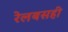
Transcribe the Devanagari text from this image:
रेलबसही